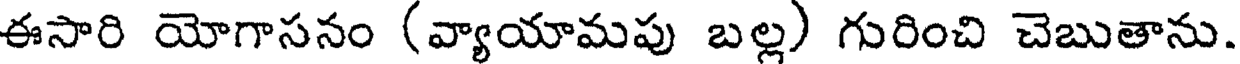
ఈసారి యోగాసనం (వ్యాయామపు బల్ల) గురించి చెబుతాను.